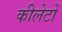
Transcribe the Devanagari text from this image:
कीलेटों